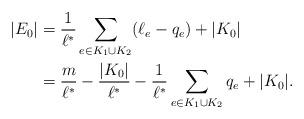
LaTeX: \begin{align*}|E_0|&=\frac{1}{\ell^*}\sum_{e\in K_1\cup K_2}(\ell_e-q_e)+|K_0|\\&=\frac{m}{\ell^*}-\frac{|K_0|}{\ell^*}-\frac{1}{\ell^*}\sum_{e\in K_1\cup K_2}q_e+|K_0|.\end{align*}